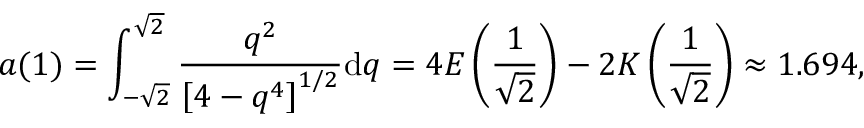
a ( 1 ) = \int _ { - \sqrt { 2 } } ^ { \sqrt { 2 } } \frac { q ^ { 2 } } { \left[ 4 - q ^ { 4 } \right] ^ { 1 / 2 } } \mathrm { d } q = 4 E \left( \frac { 1 } { \sqrt { 2 } } \right) - 2 K \left( \frac { 1 } { \sqrt { 2 } } \right) \approx 1 . 6 9 4 ,